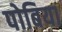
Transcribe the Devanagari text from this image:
पोबिया